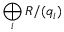
\bigoplus _ { i } R / ( q _ { i } )